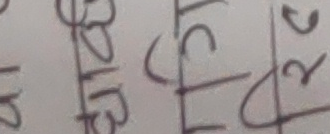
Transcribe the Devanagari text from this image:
१५८ टा ) २र